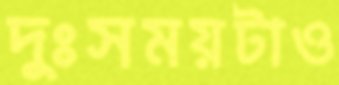
দুঃসময়টাও